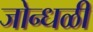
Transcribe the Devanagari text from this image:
जोन्धळी